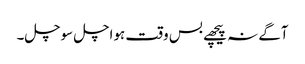
آگے نہ پیچھے بس وقت ہواچل سوچل۔